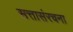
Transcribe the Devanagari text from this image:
सत्तासंरचना